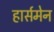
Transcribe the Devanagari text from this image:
हार्समेन